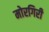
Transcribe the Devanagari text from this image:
मोरगिरी